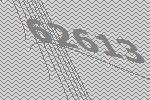
62613